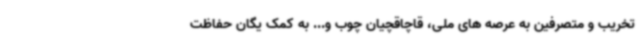
تخریب و متصرفین به عرصه های ملی، قاچاقچیان چوب و... به کمک یگان حفاظت